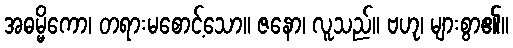
အဓမ္မိကော၊ တရားမစောင့်သော။ ဇနော၊ လူသည်။ ဗဟု၊ များစွာ၏။